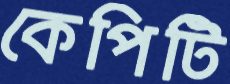
কেপিটি